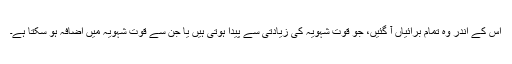
اس کے اندر وہ تمام برائیاں آ گئیں، جو قوتِ شہویہ کی زیادتی سے پیدا ہوتی ہیں یا جن سے قوت شہویہ میں اضافہ ہو سکتا ہے۔